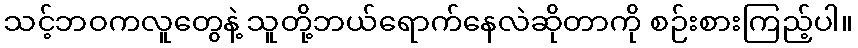
သင့်ဘဝကလူတွေနဲ့ သူတို့ဘယ်ရောက်နေလဲဆိုတာကို စဉ်းစားကြည့်ပါ။